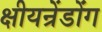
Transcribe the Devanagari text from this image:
क्षीयन्रेंडोंग